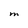
Character: M